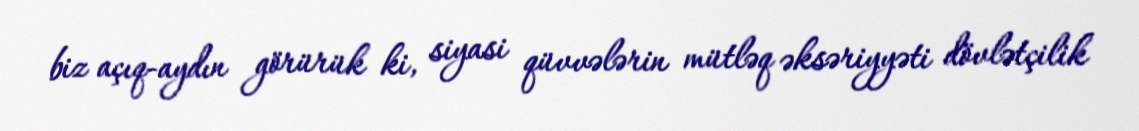
biz açıq-aydın görürük ki, siyasi qüvvələrin mütləq əksəriyyəti dövlətçilik